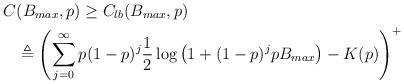
LaTeX: \begin{align*}C& (B_{max}, p) \ge C_{lb}(B_{max}, p) \\& \triangleq \left( \displaystyle\sum\limits_{j = 0}^{\infty} p(1-p)^j \frac{1}{2} \log\left( 1 + (1-p)^j p B_{max} \right) - K(p)\right)^+ \end{align*}